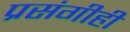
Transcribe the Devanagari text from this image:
प्रसंगीही